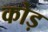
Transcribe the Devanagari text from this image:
कोड़